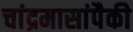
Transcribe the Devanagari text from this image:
चांद्रमासांपैकी